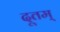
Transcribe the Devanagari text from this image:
दूतम्‌